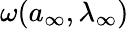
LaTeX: \omega({a}_{\infty},\lambda_{\infty})